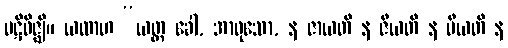
ပဋိဝိဇ္ဈိ။ ယထာဟ “ယတ္ထ ခေါ, အာဝုသော, န ဇာယတိ န ဇီယတိ န မီယတိ န